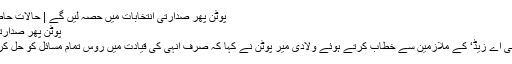
پوٹن پھر صدارتی انتخابات میں حصہ لیں گے | حالات حاضرہ | DW | 07.12.2017
پوٹن پھر صدارتی انتخابات میں حصہ لیں گے
ایک روسی کار ساز ادارے ’جی اے زیڈ‘ کے ملازمین سے خطاب کرتے ہوئے ولادی میر پوٹن نے کہا کہ صرف انہی کی قیادت میں روس تمام مسائل کو حل کرتے ہوئے آگے بڑھ سکتا ہے۔